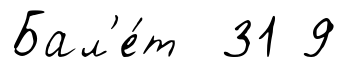
Бал'е́т 31 9